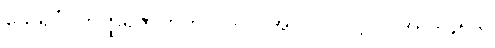
သေရပုံ၊ တိတ္ထိရဇာတက၊ ပါ-ပ-အုပ်-၂၇၊ ဋ္ဌ-ပ-အုပ်-၄၅၆။